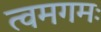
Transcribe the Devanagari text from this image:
त्वमगमः